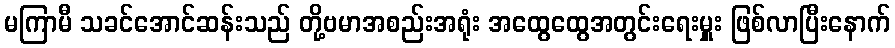
မကြာမီ သခင်အောင်ဆန်းသည် တို့ဗမာအစည်းအရုံး အထွေထွေအတွင်းရေးမှူး ဖြစ်လာပြီးနောက်